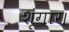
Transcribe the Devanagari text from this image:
शृंगार।